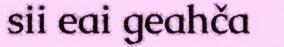
sii eai geahča